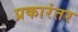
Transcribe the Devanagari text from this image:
प्रकारंतर